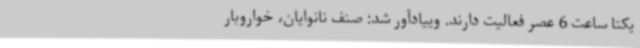
یکتا ساعت 6 عصر فعالیت دارند. وییادآور شد: صنف نانوایان، خواروبار